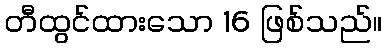
တီထွင်ထားသော 16 ဖြစ်သည်။